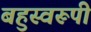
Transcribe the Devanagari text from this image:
बहुस्वरूपी